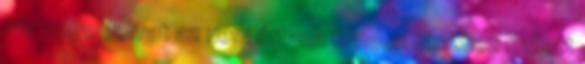
bár angol felirat az nem ártana minden részhez Kellett